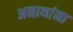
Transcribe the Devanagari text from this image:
अनाथांना